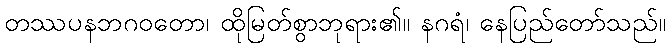
တဿပနဘဂဝတော၊ ထိုမြတ်စွာဘုရား၏။ နဂရံ၊ နေပြည်တော်သည်။